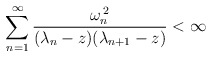
\begin{align*}\sum_{n=1}^{\infty}\frac{\omega_{n}^{\,2}}{(\lambda_{n}-z)(\lambda_{n+1}-z)}<\infty\end{align*}